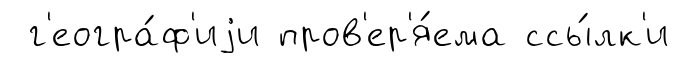
г'еогра́ф'иjи пров'ер'я́ема ссы́лк'и